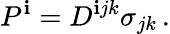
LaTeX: P^{\mathbf{i}}=D^{\mathbf{i}jk}\sigma_{jk}\, .